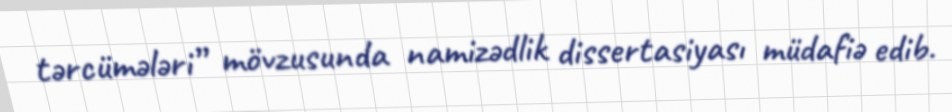
tərcümələri” mövzusunda namizədlik dissertasiyası müdafiə edib.